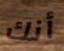
أنك